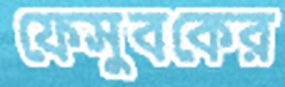
ফেসুবকের